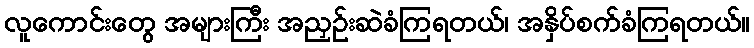
လူကောင်းတွေ အများကြီး အညှဉ်းဆဲခံကြရတယ်၊ အနှိပ်စက်ခံကြရတယ်။